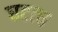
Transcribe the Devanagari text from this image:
घटत्च